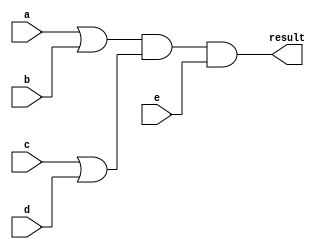
module test2(result,a,b,c,d,e);

input a,b,c,d,e;
output result;

wire s1,s2;

or(s1,a,b);
or(s2,c,d);
and(result,s1,s2,e);

endmodule